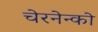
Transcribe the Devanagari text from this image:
चेरनेन्को